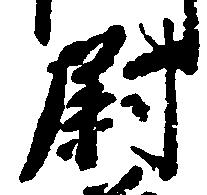
尉